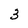
Character: 3